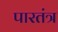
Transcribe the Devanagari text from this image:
पारतंत्र